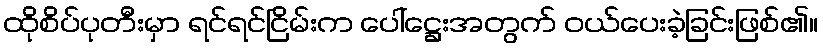
ထိုစိပ်ပုတီးမှာ ရင်ရင်ငြိမ်းက ပေါ်ဋ္ဌေးအတွက် ဝယ်ပေးခဲ့ခြင်းဖြစ်၏။